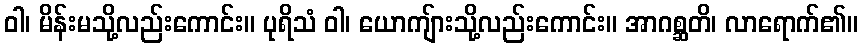
ဝါ၊ မိန်းမသို့လည်းကောင်း။ ပုရိသံ ဝါ၊ ယောကျ်ားသို့လည်းကောင်း။ အာဂစ္ဆတိ၊ လာရောက်၏။